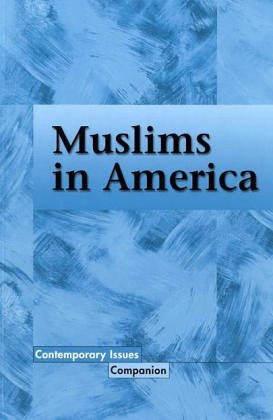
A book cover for Muslims In America (Contemporary Issues Companion); Allen Verbrugge; Teen & Young Adult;